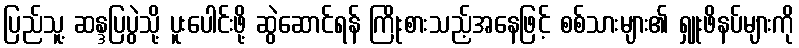
ပြည်သူ့ ဆန္ဒပြပွဲသို့ ပူးပေါင်းဖို့ ဆွဲဆောင်ရန် ကြိုးစားသည့်အနေဖြင့် စစ်သားများ၏ ရှူးဖိနပ်များကို